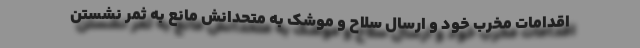
اقدامات مخرب خود و ارسال سلاح و موشک به متحدانش مانع به ثمر نشستن